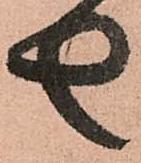
去